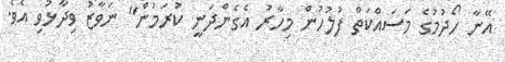
އޭނާ ހޯދުމުގެ މަސައްކަތް ފުލުހުން މިހާރު އެގެންދަނީ ކުރަމުން" ނަވާޒު ވިދާޅުވި އެވެ.